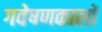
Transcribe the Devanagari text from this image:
गवेषणकालों